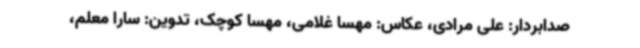
صدابردار: علی مرادی، عکاس: مهسا غلامی، مهسا کوچک، تدوین: سارا معلم،